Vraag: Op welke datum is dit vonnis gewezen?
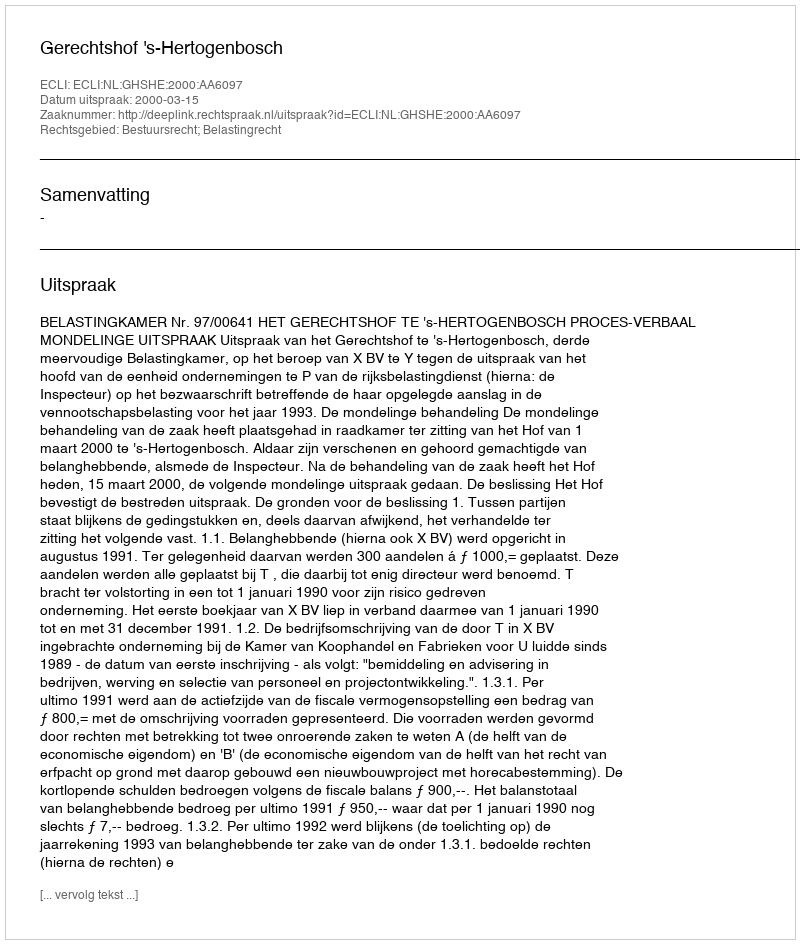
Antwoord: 2000-03-15